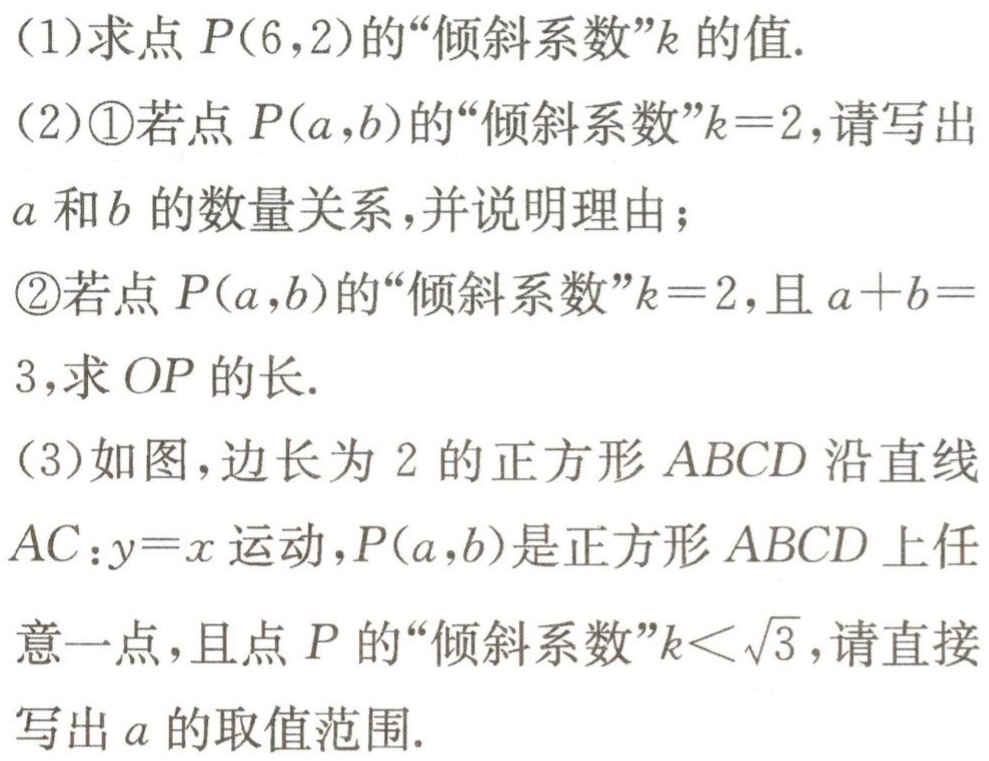
(1)求点\(P(6,2)\)的“倾斜系数”\(k\)的值.
(2)\textcircled{1}若点\(P(a,b)\)的“倾斜系数”\(k = 2\)，请写出\(a\)和\(b\)的数量关系，并说明理由；
\textcircled{2}若点\(P(a,b)\)的“倾斜系数”\(k = 2\)，且\(a + b=3\)，求\(OP\)的长.
(3)如图，边长为\(2\)的正方形\(ABCD\)沿直线\(AC:y = x\)运动，\(P(a,b)\)是正方形\(ABCD\)上任意一点，且点\(P\)的“倾斜系数”\(k<\sqrt{3}\)，请直接写出\(a\)的取值范围.